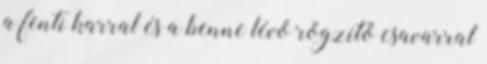
a fenti karral és a benne lévő rögzítő csavarral